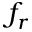
f _ { r }